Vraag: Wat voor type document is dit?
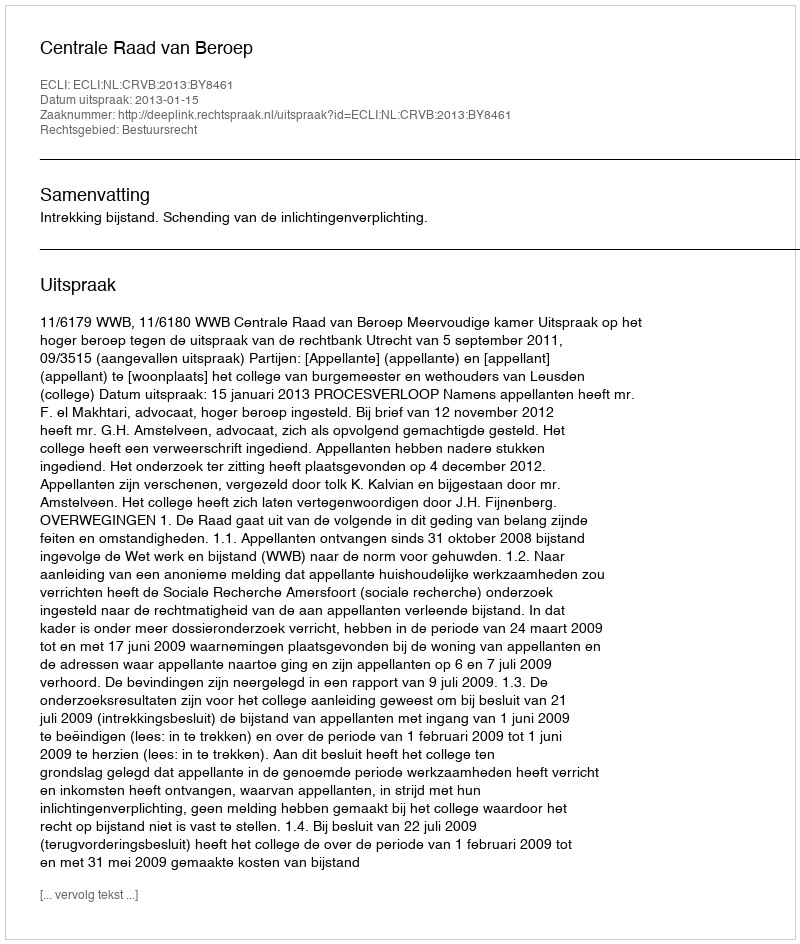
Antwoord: Uitspraak